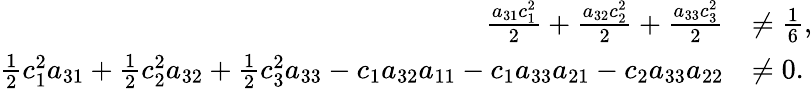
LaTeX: \begin{array}{rl}{\frac{a_{31}c_{1}^{2}}{2}+\frac{a_{32}c_{2}^{2}}{2}+\frac{a_{33}c_{3}^{2}}{2}}&{\ne\frac{1}{6},}\\ {\frac{1}{2}c_{1}^{2}a_{31}+\frac{1}{2}c_{2}^{2}a_{32}+\frac{1}{2}c_{3}^{2}a_{33}-c_{1}a_{32}a_{11}-c_{1}a_{33}a_{21}-c_{2}a_{33}a_{22}}&{\ne 0.}\end{array}